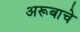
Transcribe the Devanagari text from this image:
अरूबाचे